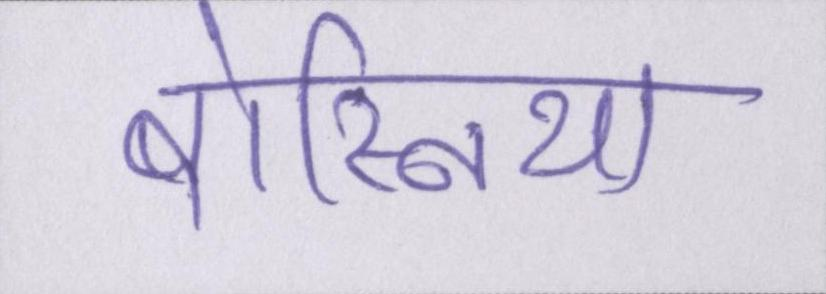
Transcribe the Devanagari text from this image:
बोस्निया